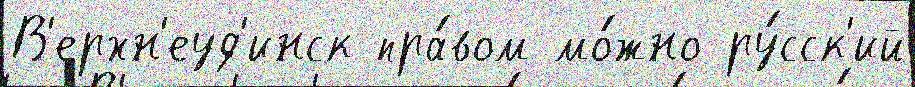
В'ерхн'еуд'инск пра́вом мо́жно ру́сск'ий